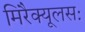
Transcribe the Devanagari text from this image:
मिरैक्यूलसः